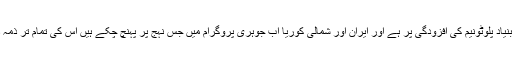
شمالی کوریا کے جوہری پروگرام کی بنیاد پلوٹونیم کی افزودگی پر ہے اور ایران اور شمالی کوریا اب جوہری پروگرام میں جس نہج پر پہنچ چکے ہیں اس کی تمام تر ذمہ داری ڈاکٹر قدیر خان پر عائد ہوتی ہے۔